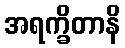
အရက္ခိတာနိ